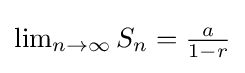
{\textstyle \lim _{n\to \infty }S_{n}={\frac {a}{1-r}}}